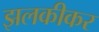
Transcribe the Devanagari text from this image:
झलकीकर